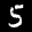
Label: 5